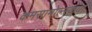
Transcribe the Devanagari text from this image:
कमसामोल्स्कया